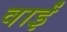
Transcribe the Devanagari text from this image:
वाईं